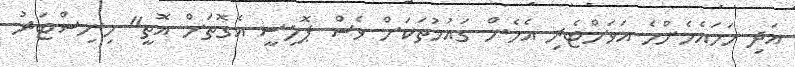
އަދި ހަމައެހެންމެ އަވަށްޓެރި އެހެން ގައުމުތަކަށް ވެސް ޕޮލިސީ އެގޮތަށް އޮތީ" މިނިސްޓަރު